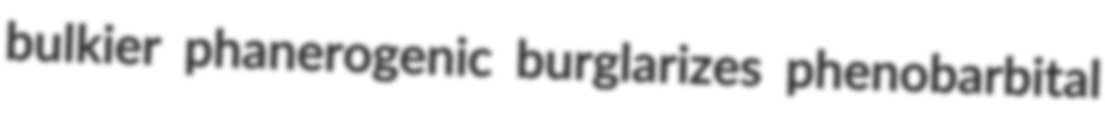
bulkier phanerogenic burglarizes phenobarbital